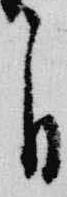
自